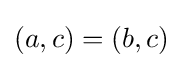
(a,c)=(b,c)